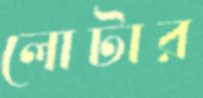
লোটার